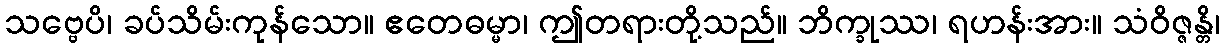
သဗ္ဗေပိ၊ ခပ်သိမ်းကုန်သော။ ဧတေဓမ္မာ၊ ဤတရားတို့သည်။ ဘိက္ခုဿ၊ ရဟန်းအား။ သံဝိဇ္ဇန္တိ၊